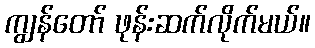
ကျွန်တော် ဖုန်းဆက်လိုက်မယ်။